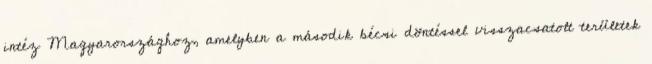
intéz Magyarországhoz, amelyben a második bécsi döntéssel visszacsatolt területek